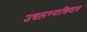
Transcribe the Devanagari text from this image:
उचलण्याशिवाय